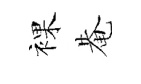
裸𤲅